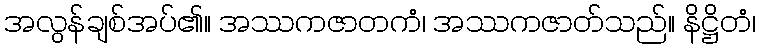
အလွန်ချစ်အပ်၏။ အဿကဇာတကံ၊ အဿကဇာတ်သည်။ နိဋ္ဌိတံ၊